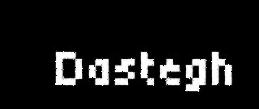
Dastegh